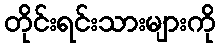
တိုင်းရင်းသားများကို